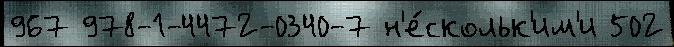
967 978-1-4472-0340-7 н'е́скольк'им'и 502